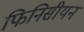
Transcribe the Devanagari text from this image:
फिनिसीयन